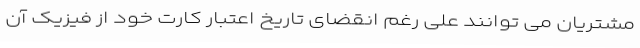
مشتریان می توانند علی رغم انقضای تاریخ اعتبار کارت خود از فیزیک آن